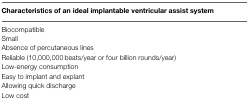
| Characteristics of an ideal implantable ventricular assist system |
 | --- |
 | Biocompatible |
 | Small |
 | Absence of percutaneous lines |
 | Reliable (10,000,000 beats/year or four billion rounds/year) |
 | Low-energy consumption |
 | Easy to implant and explant |
 | Allowing quick discharge |
 | Low cost |